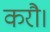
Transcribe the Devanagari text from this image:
करौ।